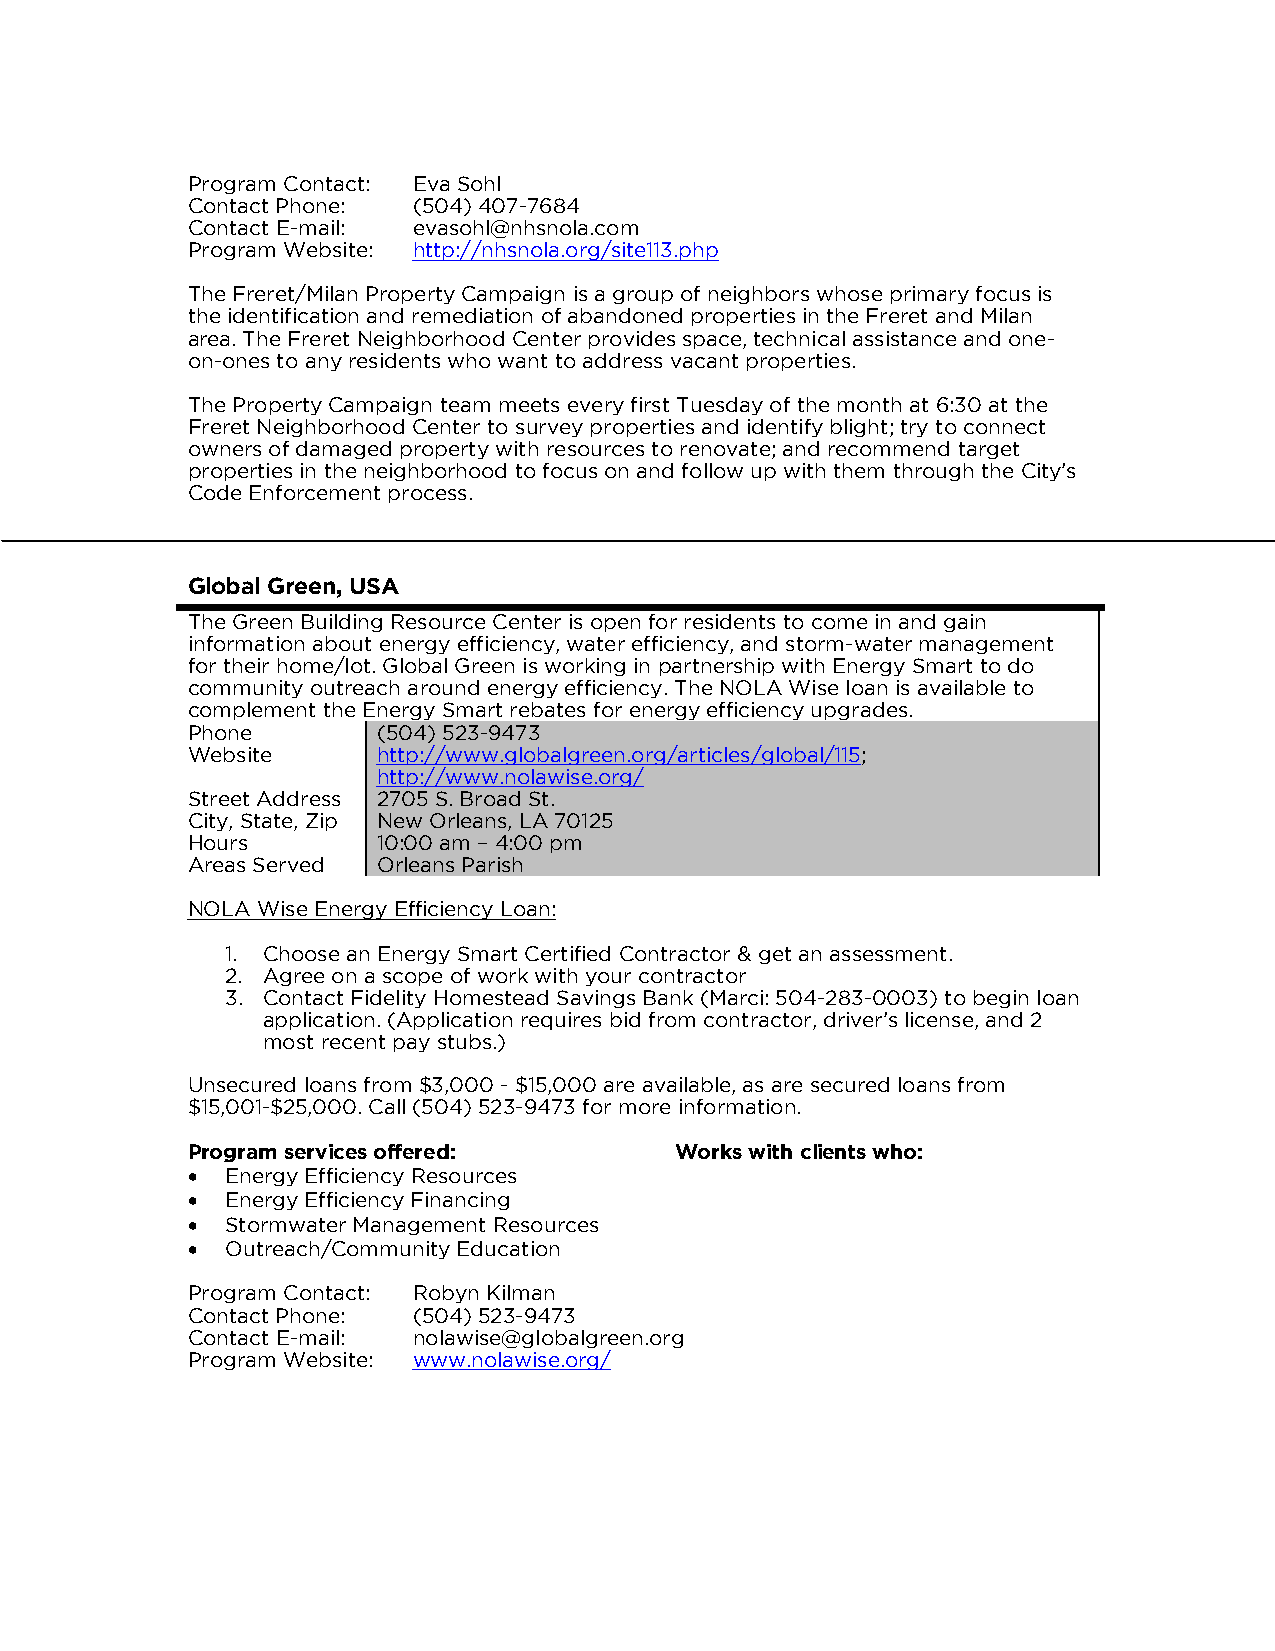
Program Contact: Eva Sohl
 Contact Phone: (504) 407-7684
 Contact E-mail: evasohl@nhsnola.com
 Program Website: http://nhsnola.org/site113.php
 The Freret/Milan Property Campaign is a group of neighbors whose primary focus is
 the identification and remediation of abandoned properties in the Freret and Milan
 area. The Freret Neighborhood Center provides space, technical assistance and one-
 on-ones to any residents who want to address vacant properties.
 The Property Campaign team meets every first Tuesday of the month at 6:30 at the
 Freret Neighborhood Center to survey properties and identify blight; try to connect
 owners of damaged property with resources to renovate; and recommend target
 properties in the neighborhood to focus on and follow up with them through the City’s
 Code Enforcement process.
 Global Green, USA
 The Green Building Resource Center is open for residents to come in and gain
 information about energy efficiency, water efficiency, and storm-water management
 for their home/lot. Global Green is working in partnership with Energy Smart to do
 community outreach around energy efficiency. The NOLA Wise loan is available to
 complement the Energy Smart rebates for energy efficiency upgrades.
 Phone        (504) 523-9473
 Website      http://www.globalgreen.org/articles/global/115;
 http://www.nolawise.org/
 Street Address 2705 S. Broad St.
 City, State, Zip New Orleans, LA 70125
 Hours        10:00 am – 4:00 pm
 Areas Served Orleans Parish
 NOLA Wise Energy Efficiency Loan:
 1. Choose an Energy Smart Certified Contractor & get an assessment.
 2. Agree on a scope of work with your contractor
 3. Contact Fidelity Homestead Savings Bank (Marci: 504-283-0003) to begin loan
 application. (Application requires bid from contractor, driver’s license, and 2
 most recent pay stubs.)
 Unsecured loans from $3,000 - $15,000 are available, as are secured loans from
 $15,001-$25,000. Call (504) 523-9473 for more information.
 Program services offered:        Works with clients who:
   Energy Efficiency Resources
   Energy Efficiency Financing
   Stormwater Management Resources
   Outreach/Community Education
 Program Contact: Robyn Kilman
 Contact Phone: (504) 523-9473
 Contact E-mail: nolawise@globalgreen.org
 Program Website: www.nolawise.org/